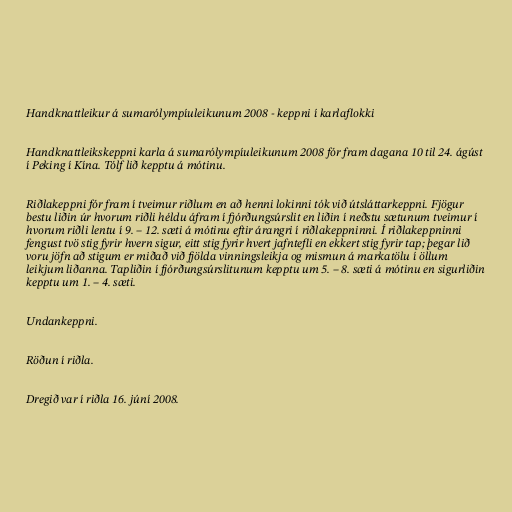
Handknattleikur á sumarólympíuleikunum 2008 - keppni í karlaflokki

Handknattleikskeppni karla á sumarólympíuleikunum 2008 fór fram dagana 10 til 24. ágúst
í Peking í Kína. Tólf lið kepptu á mótinu.

Riðlakeppni fór fram í tveimur riðlum en að henni lokinni tók við útsláttarkeppni. Fjögur
bestu liðin úr hvorum riðli héldu áfram í fjórðungsúrslit en liðin í neðstu sætunum tveimur í
hvorum riðli lentu í 9. – 12. sæti á mótinu eftir árangri í riðlakeppninni. Í riðlakeppninni
fengust tvö stig fyrir hvern sigur, eitt stig fyrir hvert jafntefli en ekkert stig fyrir tap; þegar lið
voru jöfn að stigum er miðað við fjölda vinningsleikja og mismun á markatölu í öllum
leikjum liðanna. Tapliðin í fjórðungsúrslitunum kepptu um 5. – 8. sæti á mótinu en sigurliðin
kepptu um 1. – 4. sæti.

Undankeppni.

Röðun í riðla.

Dregið var í riðla 16. júní 2008.